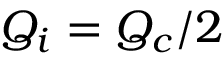
Q _ { i } = Q _ { c } / 2